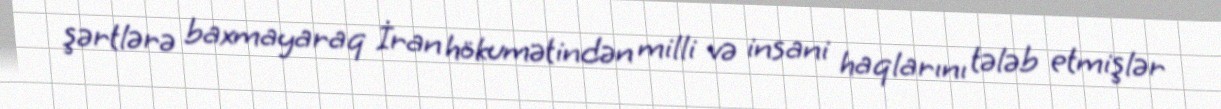
şərtlərə baxmayaraq İran hökumətindən milli və insani haqlarını tələb etmişlər